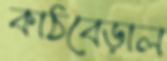
কাঠবেড়াল